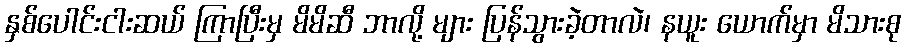
နှစ်ပေါင်းငါးဆယ် ကြာပြီးမှ မိမိဆီ ဘာလို့ များ ပြန်သွားခဲ့တာလဲ၊ နယူး ယောက်မှာ မိသားစု